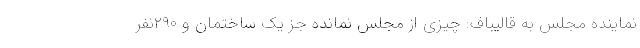
نماینده مجلس به قالیباف: چیزی از مجلس نمانده جز یک ساختمان و ۲۹۰نفر